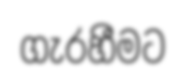
ගැරහීමට